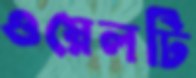
ওয়েলটি